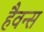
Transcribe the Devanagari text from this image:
हैवन्स